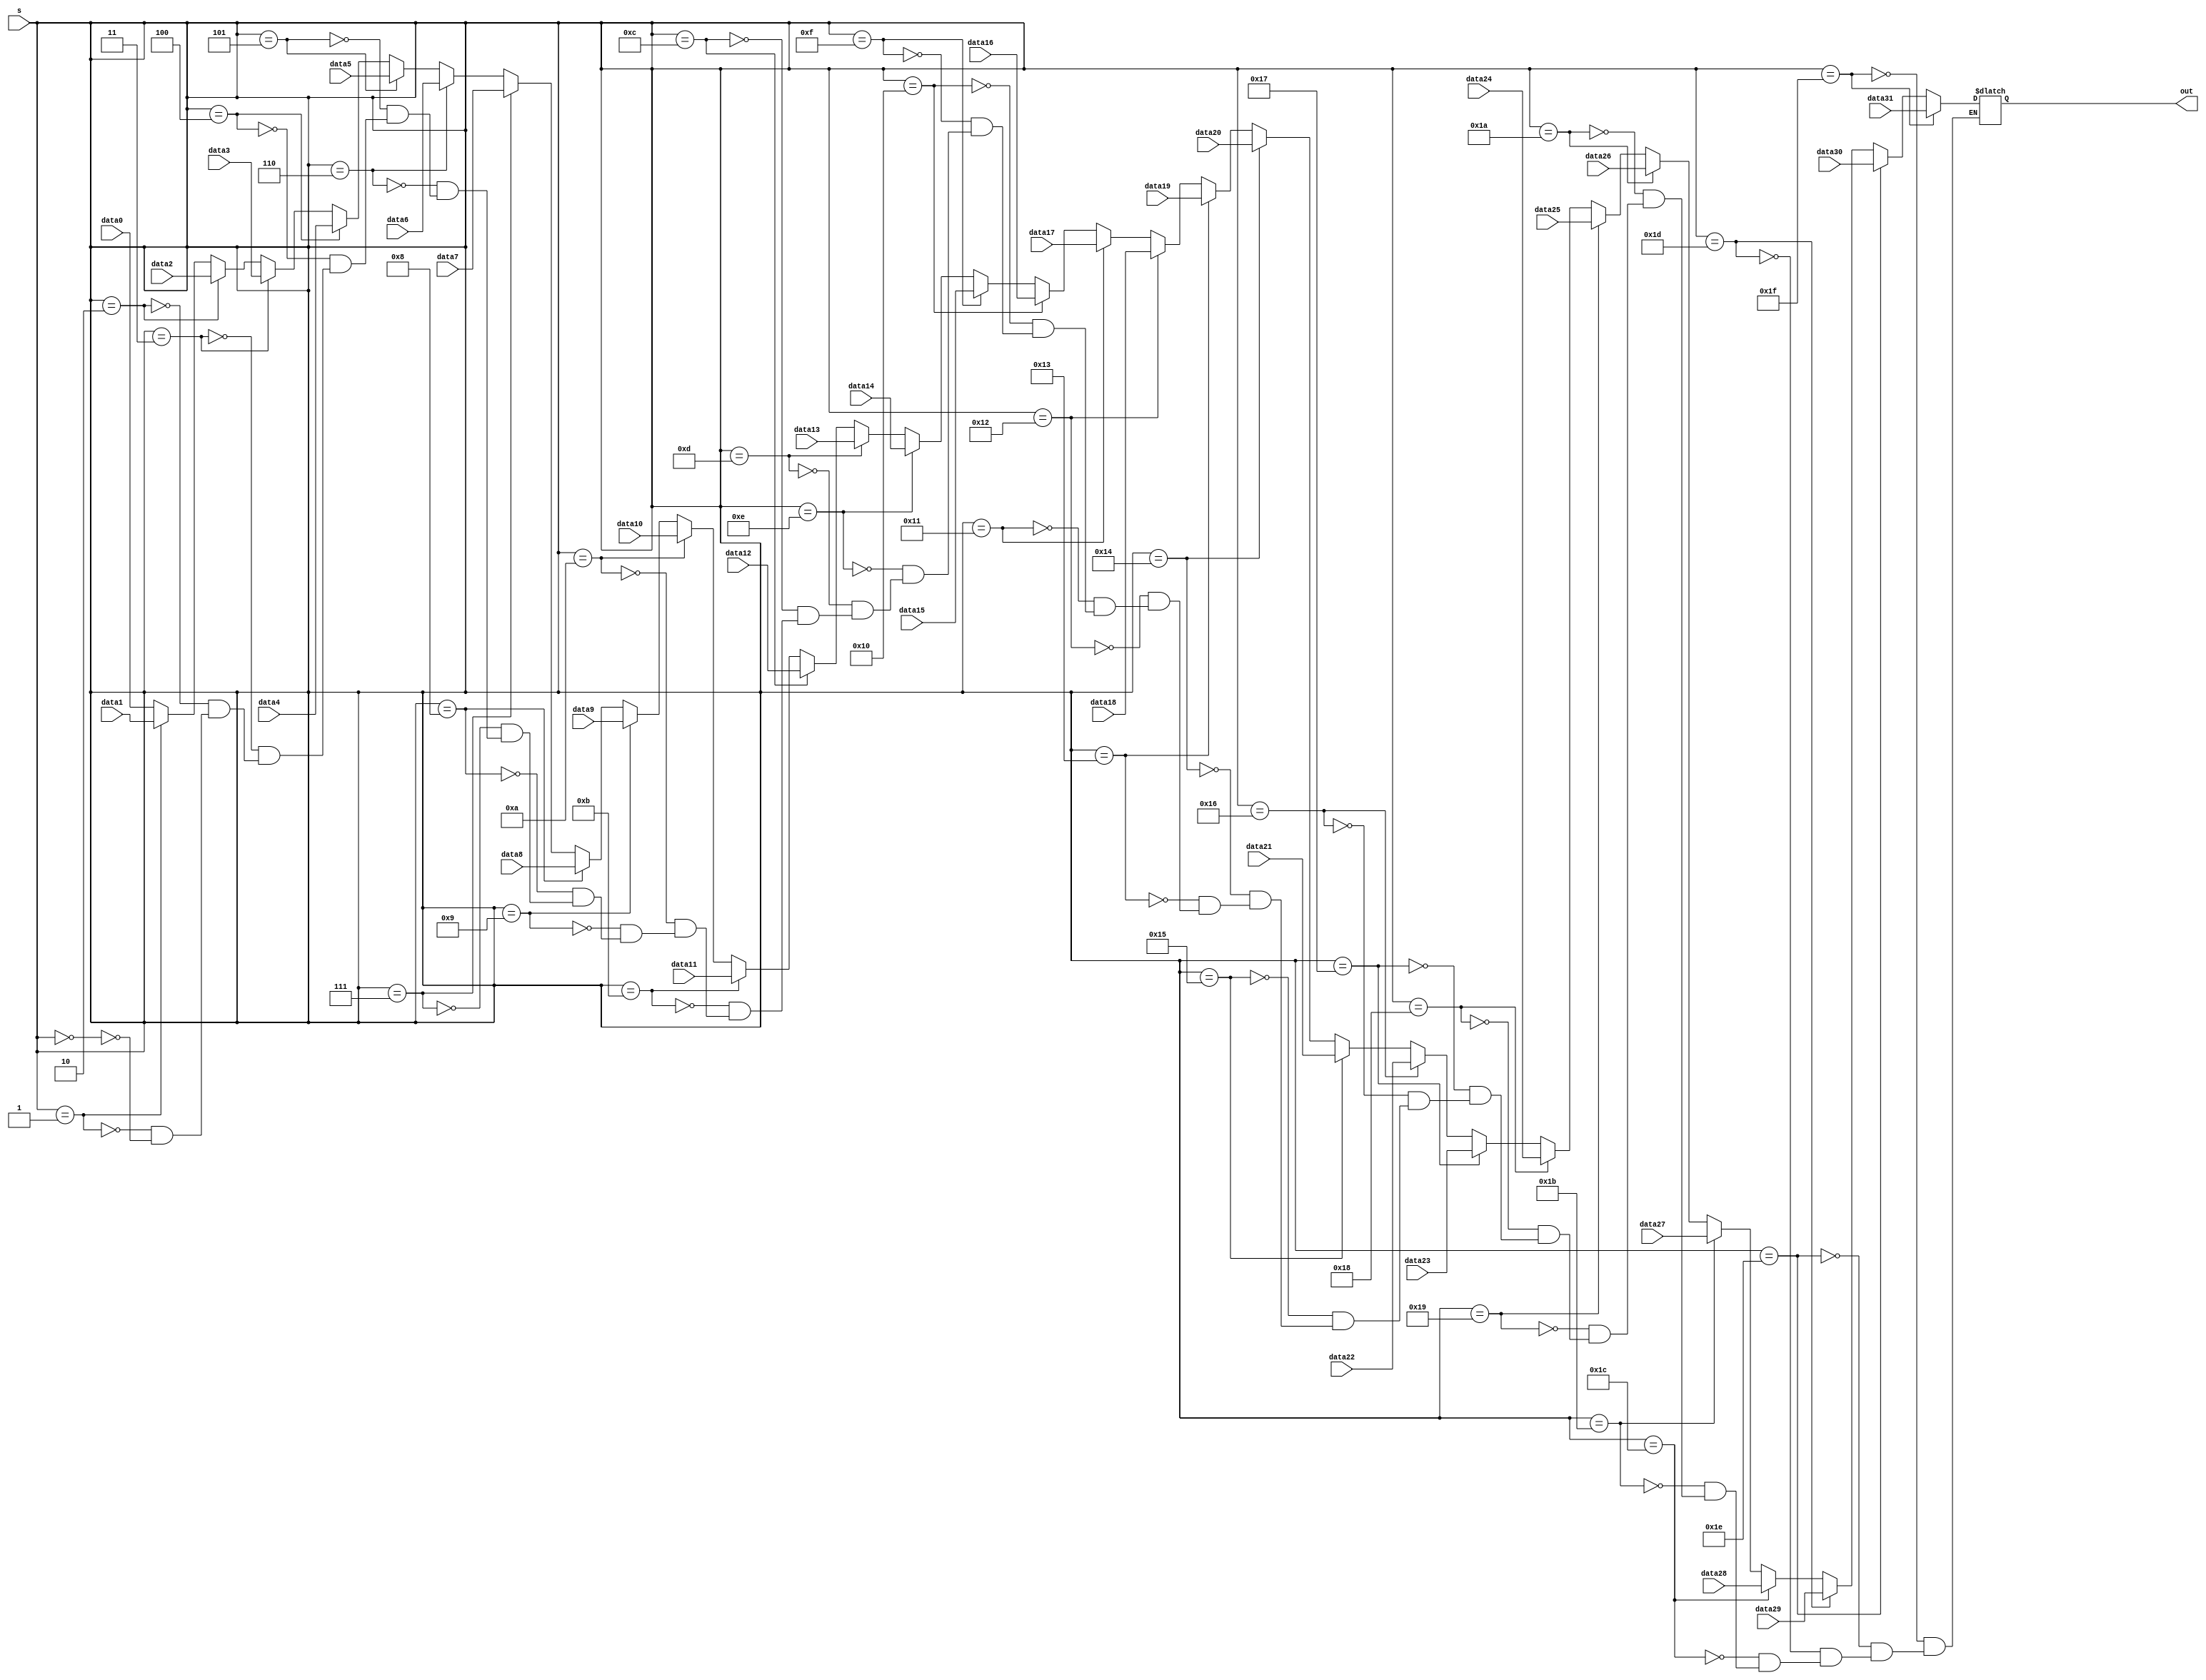
module mux32to1(data0, data1, data2, data3, data4, data5, data6, data7, data8, data9, data10, data11, data12, data13, data14, data15, data16, data17, data18, data19, data20, data21, data22, data23, data24, data25, data26, data27, data28, data29, data30, data31, out, s);
	input wire [31:0] data0, data1, data2, data3, data4, data5, data6, data7, data8, data9, data10, data11, data12, data13, data14, data15, data16, data17, data18, data19, data20, data21, data22, data23, data24, data25, data26, data27, data28, data29, data30, data31;
	input wire [4:0] s;
	output reg [31:0] out;
	
	always @(*) begin 
		if (s==5'd31) out <= data31;
		else if (s==5'd30) out <= data30;
		else if (s==5'd29) out <= data29;
		else if (s==5'd28) out <= data28;
		else if (s==5'd27) out <= data27;
		else if (s==5'd26) out <= data26;
		else if (s==5'd25) out <= data25;
		else if (s==5'd24) out <= data24;
		else if (s==5'd23) out <= data23;
		else if (s==5'd22) out <= data22;
		else if (s==5'd21) out <= data21;
		else if (s==5'd20) out <= data20;
		else if (s==5'd19) out <= data19;
		else if (s==5'd18) out <= data18;
		else if (s==5'd17) out <= data17;
		else if (s==5'd16) out <= data16;
		else if (s==5'd15) out <= data15;
		else if (s==5'd14) out <= data14;
		else if (s==5'd13) out <= data13;
		else if (s==5'd12) out <= data12;
		else if (s==5'd11) out <= data11;
		else if (s==5'd10) out <= data10;
		else if (s==5'd9) out <= data9;
		else if (s==5'd8) out <= data8;
		else if (s==5'd7) out <= data7;
		else if (s==5'd6) out <= data6;
		else if (s==5'd5) out <= data5;
		else if (s==5'd4) out <= data4;
		else if (s==5'd3) out <= data3;
		else if (s==5'd2) out <= data2;
		else if (s==5'd1) out <= data1;
		else if (s==5'd0) out <= data0;
	end
endmodule